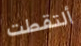
ألتقطت